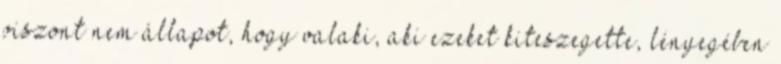
viszont nem állapot, hogy valaki, aki ezeket kiteszegette, lényegében